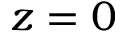
z = 0